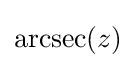
\operatorname {arcsec} (z)